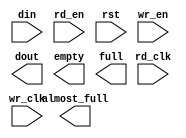
module net2pci_16x32(
	din,
	rd_clk,
	rd_en,
	rst,
	wr_clk,
	wr_en,
	almost_full,
	dout,
	empty,
	full);


input [31 : 0] din;
input rd_clk;
input rd_en;
input rst;
input wr_clk;
input wr_en;
output almost_full;
output [31 : 0] dout;
output empty;
output full;

// synthesis translate_off

      FIFO_GENERATOR_V4_2 #(
		.C_COMMON_CLOCK(0),
		.C_COUNT_TYPE(0),
		.C_DATA_COUNT_WIDTH(4),
		.C_DEFAULT_VALUE("BlankString"),
		.C_DIN_WIDTH(32),
		.C_DOUT_RST_VAL("0"),
		.C_DOUT_WIDTH(32),
		.C_ENABLE_RLOCS(0),
		.C_FAMILY("virtex2p"),
		.C_FULL_FLAGS_RST_VAL(1),
		.C_HAS_ALMOST_EMPTY(0),
		.C_HAS_ALMOST_FULL(1),
		.C_HAS_BACKUP(0),
		.C_HAS_DATA_COUNT(0),
		.C_HAS_INT_CLK(0),
		.C_HAS_MEMINIT_FILE(0),
		.C_HAS_OVERFLOW(0),
		.C_HAS_RD_DATA_COUNT(0),
		.C_HAS_RD_RST(0),
		.C_HAS_RST(1),
		.C_HAS_SRST(0),
		.C_HAS_UNDERFLOW(0),
		.C_HAS_VALID(0),
		.C_HAS_WR_ACK(0),
		.C_HAS_WR_DATA_COUNT(0),
		.C_HAS_WR_RST(0),
		.C_IMPLEMENTATION_TYPE(2),
		.C_INIT_WR_PNTR_VAL(0),
		.C_MEMORY_TYPE(1),
		.C_MIF_FILE_NAME("BlankString"),
		.C_OPTIMIZATION_MODE(0),
		.C_OVERFLOW_LOW(0),
		.C_PRELOAD_LATENCY(0),
		.C_PRELOAD_REGS(1),
		.C_PRIM_FIFO_TYPE("512x36"),
		.C_PROG_EMPTY_THRESH_ASSERT_VAL(4),
		.C_PROG_EMPTY_THRESH_NEGATE_VAL(5),
		.C_PROG_EMPTY_TYPE(0),
		.C_PROG_FULL_THRESH_ASSERT_VAL(14),
		.C_PROG_FULL_THRESH_NEGATE_VAL(13),
		.C_PROG_FULL_TYPE(0),
		.C_RD_DATA_COUNT_WIDTH(4),
		.C_RD_DEPTH(16),
		.C_RD_FREQ(66),
		.C_RD_PNTR_WIDTH(4),
		.C_UNDERFLOW_LOW(0),
		.C_USE_DOUT_RST(1),
		.C_USE_ECC(0),
		.C_USE_EMBEDDED_REG(0),
		.C_USE_FIFO16_FLAGS(0),
		.C_USE_FWFT_DATA_COUNT(0),
		.C_VALID_LOW(0),
		.C_WR_ACK_LOW(0),
		.C_WR_DATA_COUNT_WIDTH(4),
		.C_WR_DEPTH(16),
		.C_WR_FREQ(125),
		.C_WR_PNTR_WIDTH(4),
		.C_WR_RESPONSE_LATENCY(1))
	inst (
		.DIN(din),
		.RD_CLK(rd_clk),
		.RD_EN(rd_en),
		.RST(rst),
		.WR_CLK(wr_clk),
		.WR_EN(wr_en),
		.ALMOST_FULL(almost_full),
		.DOUT(dout),
		.EMPTY(empty),
		.FULL(full),
		.CLK(),
		.INT_CLK(),
		.BACKUP(),
		.BACKUP_MARKER(),
		.PROG_EMPTY_THRESH(),
		.PROG_EMPTY_THRESH_ASSERT(),
		.PROG_EMPTY_THRESH_NEGATE(),
		.PROG_FULL_THRESH(),
		.PROG_FULL_THRESH_ASSERT(),
		.PROG_FULL_THRESH_NEGATE(),
		.RD_RST(),
		.SRST(),
		.WR_RST(),
		.ALMOST_EMPTY(),
		.DATA_COUNT(),
		.OVERFLOW(),
		.PROG_EMPTY(),
		.PROG_FULL(),
		.VALID(),
		.RD_DATA_COUNT(),
		.UNDERFLOW(),
		.WR_ACK(),
		.WR_DATA_COUNT(),
		.SBITERR(),
		.DBITERR());


// synthesis translate_on

// XST black box declaration
// box_type "black_box"
// synthesis attribute box_type of net2pci_16x32 is "black_box"

endmodule